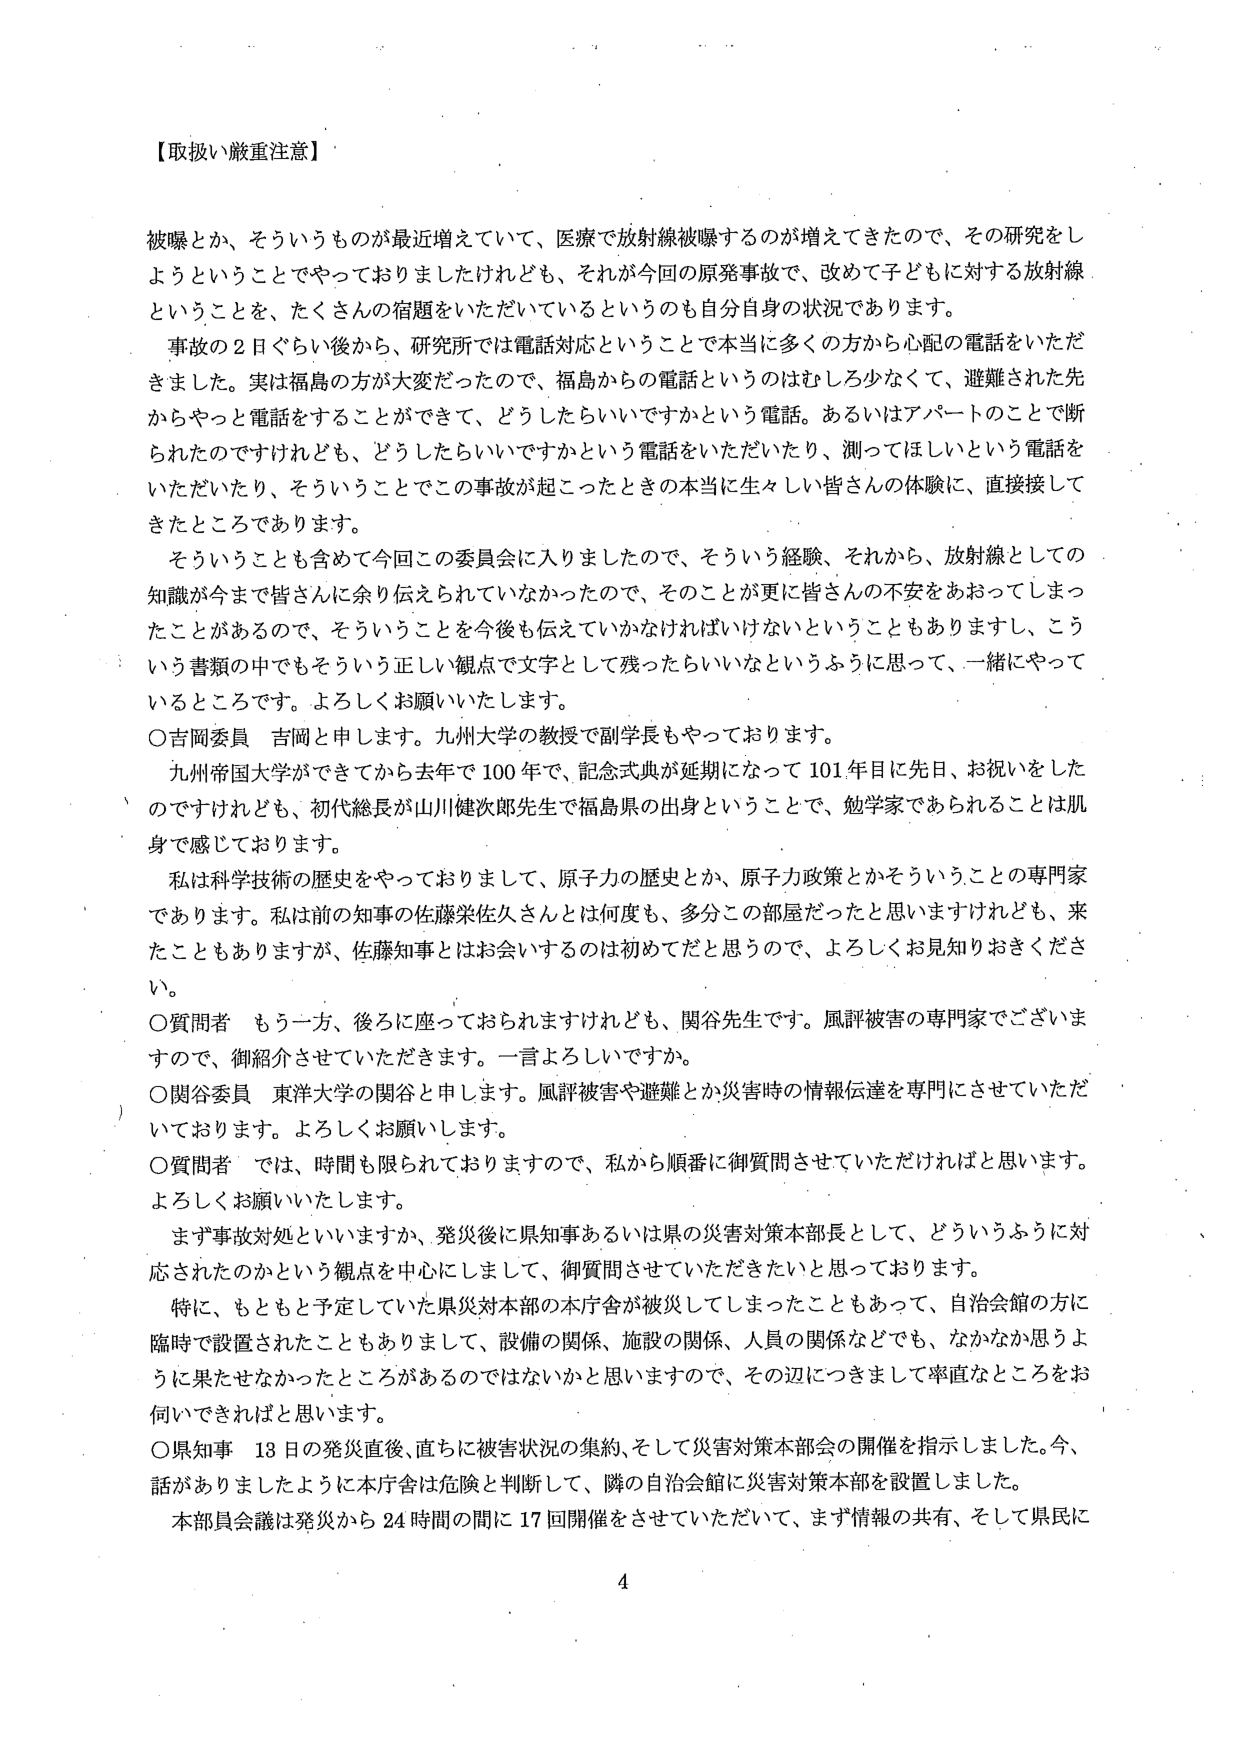
【取扱い厳重注意】

被曝とか、そういうものが最近増えていて、医療で放射線被曝するのが増えてきたので、その研究をしようということでやっておりましたけれども、それが今回の原発事故で、改めて子どもに対する放射線ということを、たくさんの宿題をいただいているというのも自分自身の状況であります。

事故の2日ぐらい後から、研究所では電話対応ということで本当に多くの方から心配の電話をいただきました。実は福島の方が大変だったので、福島からの電話というのはむしろ少なくて、避難された先からやっと電話をすることができて、どうしたらいいですかという電話。あるいはアパートのことで断られたのですけれども、どうしたらいいですかという電話をいただいたり、測ってほしいという電話をいただいたり、そういうことでこの事故が起こったときの本当に生々しい皆さんの体験に、直接接してきたところあります。

そういうことも含めて今回この委員会に入りましたので、そういう経験、それから、放射線としての知識が今まで皆さんに余り伝えられていなかったので、そのことが更に皆さんの不安をあおってしまったことがあるので、そういうことを今後も伝えていかなければならないということもありますし、こういう書類の中でもそういう正しい観点で文字として残ったらいいなというように思って、一緒にやっているところです。よろしくお願いいたします。

○吉岡委員 吉岡と申します。九州大学の教授で副学長もやっております。

九州帝国大学ができてから去年で100年で、記念式典が延期になって101年目に先日、お祝いをしたのですけれども、初代総長が山川健次郎先生で福島県の出身ということで、勉学家であられることは肌身で感じております。

私は科学技術の歴史をやっておりまして、原子力の歴史とか、原子力政策とかそういうことの専門家であります。私は前の知事の佐藤栄佐久さんとは何度も、多分この部屋だったと思いますけれども、来たこともありますますが、佐藤知事とはお会いするのは初めてだと思うので、よろしくお見知りおきください。

○質問者 もう一方、後ろに座っておられますけれども、関谷先生です。風評被害の専門家でございますので、御紹介させていただきます。一言よろしいですか。

○関谷委員 東洋大学の関谷と申します。風評被害や避難とか災害時の情報伝達を専門にさせていただいております。よろしくお願いします。

○質問者 では、時間も限られておりますので、私から順番に御質問させていただければと思います。よろしくお願いいたします。

まず事故対処といいますか、発災後に県知事あるいは県の災害対策本部長として、どういうふうに対応されたのかという観点を中心にして、御質問させていただきたいと思っております。

特に、もともと予定していた県災対本部の本庁舎が被災してしまったこともあって、自治会館の方に臨時で設置されたこともありまして、設備の関係、施設の関係、人員の関係などでも、なかなか思うように果たせなかったところがあるのではないかと思いますので、その辺につきまして率直なところをお伺いできればと思います。

○県知事 13日の発災直後、直ちに被害状況の集約、そして災害対策本部会の開催を指示しました。今、話がありましたように本庁舎は危険と判断して、隣の自治会館に災害対策本部を設置しました。

本部員会議は発災から24時間の間に17回開催をさせていただいて、まず情報の共有、そして県民に

4